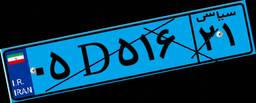
۰۵D۵۱۶۲۱